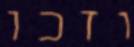
וזכו